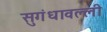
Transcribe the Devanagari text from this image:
सुगंधावल्ली